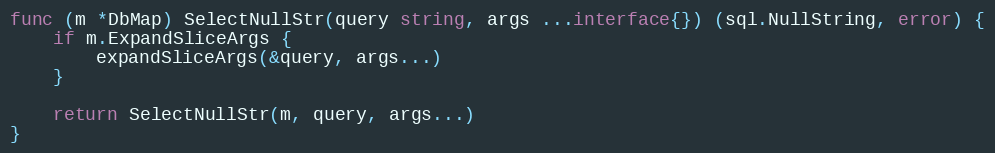
Language: Go
func (m *DbMap) SelectNullStr(query string, args ...interface{}) (sql.NullString, error) {
	if m.ExpandSliceArgs {
		expandSliceArgs(&query, args...)
	}

	return SelectNullStr(m, query, args...)
}